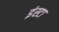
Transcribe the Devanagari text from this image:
इंस्टा